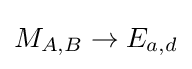
M_{A,B}\rightarrow E_{a,d}